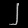
Digit: ၂